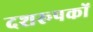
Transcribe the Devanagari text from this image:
दशरूपकों